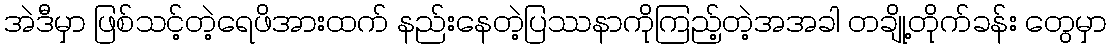
အဲဒီမှာ ဖြစ်သင့်တဲ့ရေဖိအားထက် နည်းနေတဲ့ပြဿနာကိုကြည့်တဲ့အအခါ တချို့တိုက်ခန်း တွေမှာ